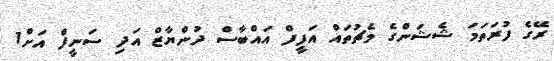
ރޭގެ ފުރަތަމަ ޝެޝަންގެ މެޗުތައް އަފީފް އައްބާސް ދުންޔާޒް އަދި ސަނީފް އަށް1